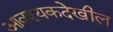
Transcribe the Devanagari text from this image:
आवश्यकदेखील